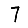
Digit: 7